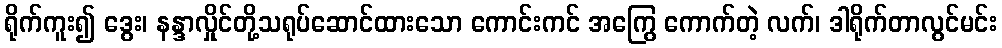
ရိုက်ကူး၍ ဒွေး၊ နန္ဒာလှိုင်တို့သရုပ်ဆောင်ထားသော ကောင်းကင် အကြွေ ကောက်တဲ့ လက်၊ ဒါရိုက်တာလွင်မင်း